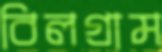
বিলগ্রাম